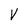
Character: V